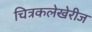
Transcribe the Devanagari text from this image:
चित्रकलेखेरीज